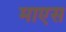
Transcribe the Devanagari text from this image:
माएस